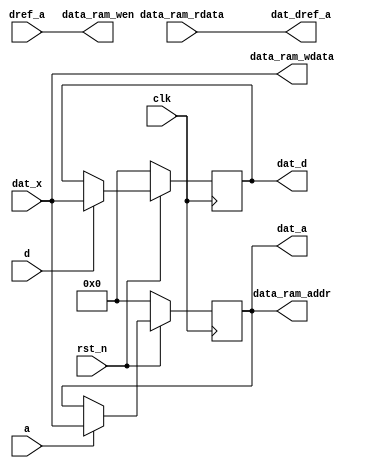
module combined_memory (
    input           clk,
    input           rst_n,
    input           a,
    input           d,
    input           dref_a,
    input   [15:0]  dat_x,
    output  [15:0]  dat_a,
    output  [15:0]  dat_d,
    output  [15:0]  dat_dref_a,
    //memory
    output  [15:0]          data_ram_addr,
    input   [15:0]          data_ram_rdata,
    output                  data_ram_wen,
    output  [15:0]          data_ram_wdata
);
    reg [15:0] a_reg;
    reg [15:0] d_reg;
    always @(posedge clk)begin
        if(!rst_n)
            a_reg <= 0;
        else if(a)
            a_reg <= dat_x;
    end
    always @(posedge clk)begin
        if(!rst_n)
            d_reg <= 0;
        else if(d)
            d_reg <= dat_x;
    end
    assign data_ram_addr = a_reg;
    assign data_ram_wen  = dref_a;
    assign data_ram_wdata = dat_x;
    assign dat_dref_a    = data_ram_rdata;
    assign dat_d = d_reg;
    assign dat_a = a_reg;
endmodule